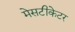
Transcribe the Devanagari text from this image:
मेसटीकेटर